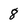
Character: 8